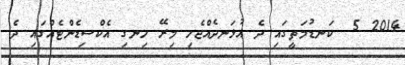
2014 5  ކަނޑުމަތީގައި ދެ އުޅަނދެއްޖެހި މިރޭ ހިނގި އެކްސިޑެންޓެއްގައި ދެ